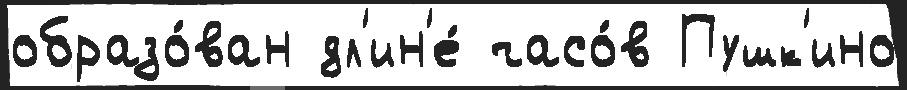
образо́ван дл'ин'е́ часо́в Пушк'ино